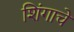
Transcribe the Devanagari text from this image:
शिंगाचे